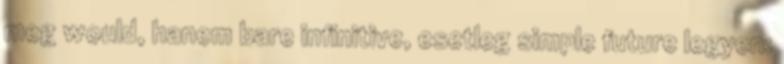
meg would, hanem bare infinitive, esetleg simple future legyen: